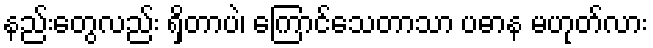
နည်းတွေလည်း ရှိတာပဲ၊ ကြောင်သေတာသာ ပဓာန မဟုတ်လား